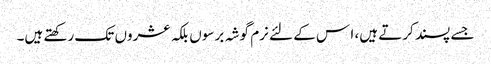
جسے پسند کرتے ہیں، ا س کے لئے نرم گوشہ برسوں بلکہ عشروں تک رکھتے ہیں۔